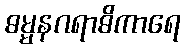
ဓမ္မနဂရာဓိကာရေ